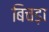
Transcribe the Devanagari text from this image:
बिचड़ा